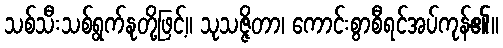
သစ်သီးသစ်ရွက်နုတို့ဖြင့်။ သုသဇ္ဇိတာ၊ ကောင်းစွာစီရင်အပ်ကုန်၏။